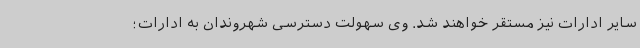
سایر ادارات نیز مستقر خواهند شد. وی سهولت دسترسی شهروندان به ادارات؛